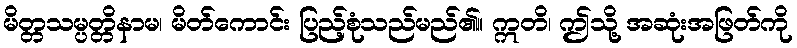
မိတ္တသမ္ပတ္တိနာမ၊ မိတ်ကောင်း ပြည့်စုံသည်မည်၏။ ဣတိ၊ ဤသို့ အဆုံးအဖြတ်ကို